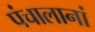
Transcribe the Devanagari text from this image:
पंचालानां